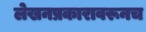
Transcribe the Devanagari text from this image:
लेखनप्रकारावरूनच